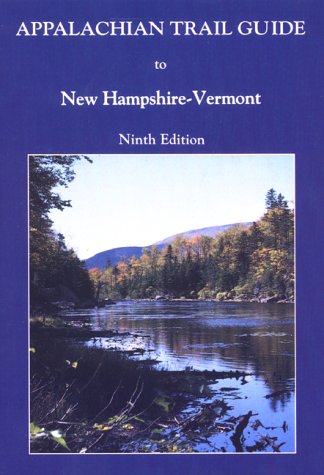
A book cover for Appalachian Trail Guide to New Hampshire - Vermont  (Appalachian Trail Guides); Appalachian Trail Conference; Travel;